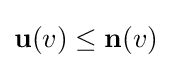
\mathbf {u} (v)\leq \mathbf {n} (v)